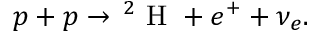
p + p \to \, ^ { 2 } \mathrm { ~ H ~ } + e ^ { + } + \nu _ { e } .